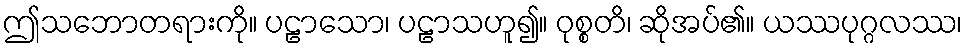
ဤသဘောတရားကို။ ပဠာသော၊ ပဠာသဟူ၍။ ဝုစ္စတိ၊ ဆိုအပ်၏။ ယဿပုဂ္ဂလဿ၊